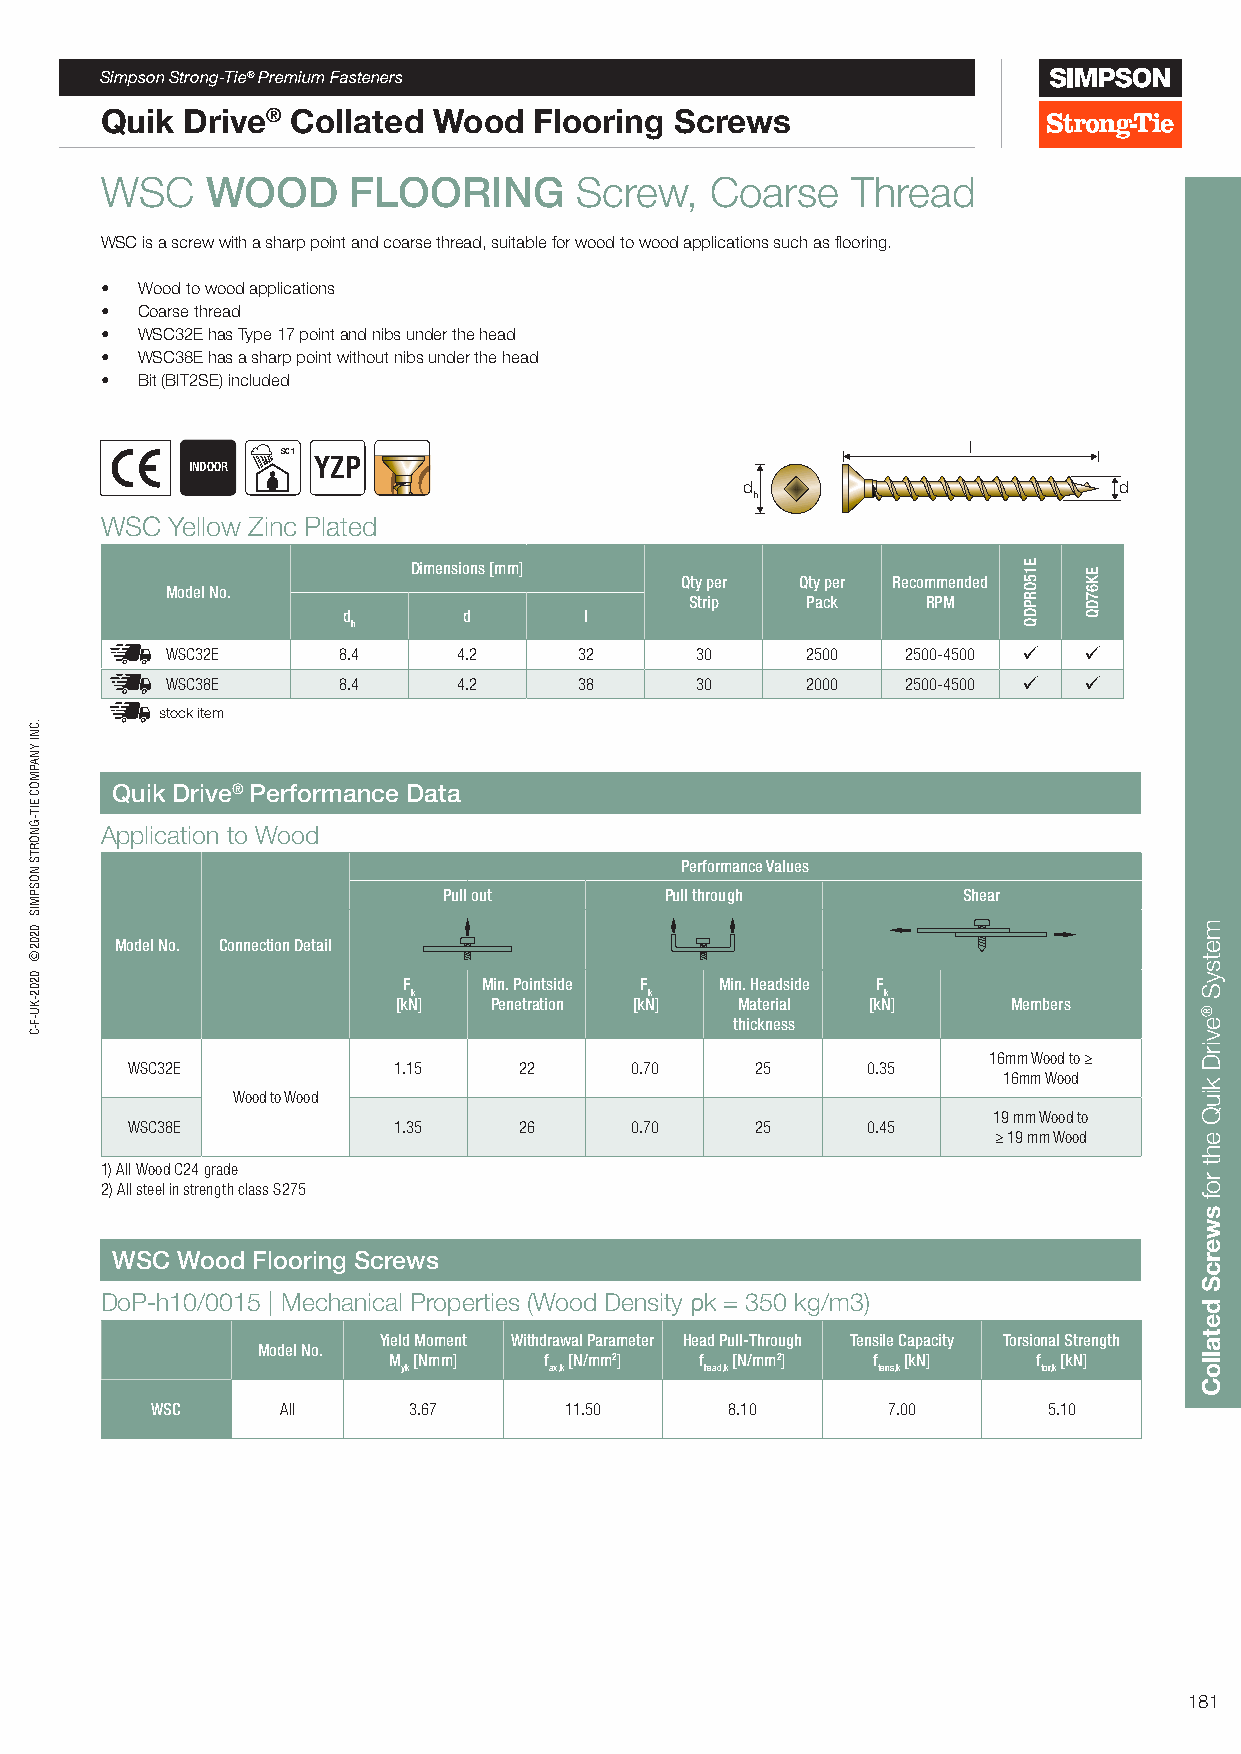
Simpson Strong-Tie® Premium Fasteners
 Quik Drive® Collated  Wood  Flooring  Screws
 WSC    WOOD     FLOORING       Screw,   Coarse   Thread
 WSC is a screw with a sharp point and coarse thread, suitable for wood to wood applications such as flooring.
 • Wood to wood applications
 • Coarse thread
 • WSC32E has Type 17 point and nibs under the head
 • WSC38E has a sharp point without nibs under the head
 • Bit (BIT2SE) included
 l
 SC 1
 INDOOR   YZP
 d                        d
 h
 WSC Yellow Zinc Plated
 Dimensions [mm]
 Qty per Qty per Recommended
 Model No.
 Strip  Pack    RPM
 d       d       l
 h
 WSC32E     8.4     4.2     32      30     2500   2500-4500  
 WSC38E     8.4     4.2     38      30     2000   2500-4500  
 stock item
 Quik Drive® Performance Data
 Application to Wood
 Performance Values
 Pull out       Pull through        Shear
 Model No. Connection Detail
 F    Min. Pointside F Min. Headside F
 k               k              k
 [kN]  Penetration [kN] Material [kN]     Members
 thickness
 16mm Wood to ≥
 WSC32E            1.15    22      0.70    25     0.35
 16mm Wood
 Wood to Wood
 19 mm Wood to
 WSC38E            1.35    26      0.70    25     0.45
 ≥ 19 mm Wood
 1) All Wood C24 grade
 2) All steel in strength class S275
 WSC  Wood Flooring Screws
 DoP-h10/0015 | Mechanical Properties (Wood Density ρk = 350 kg/m3)
 Yield Moment Withdrawal Parameter Head Pull-Through Tensile Capacity Torsional Strength
 Model No.
 M [Nmm]   f [N/mm2] f [N/mm2]   f [kN]     f [kN]
 yk       ax,k       head,k     tens,k     tor,k
 WSC      All     3.67      11.50      8.10       7.00      5.10
 181
 .CNI
 YNAPMOC
 EIT-GNORTS
 NOSPMIS
 0202©
 0202-KU-F-C
 E15ORPDQ EK67DQ
 metsyS
 ®evirD
 kiuQ
 eht
 rof
 swercS
 detalloC